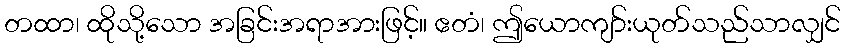
တထာ၊ ထိုသို့သော အခြင်းအရာအားဖြင့်။ ဧတံ၊ ဤယောကျာ်းယုတ်သည်သာလျှင်